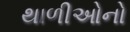
થાળીઓનો